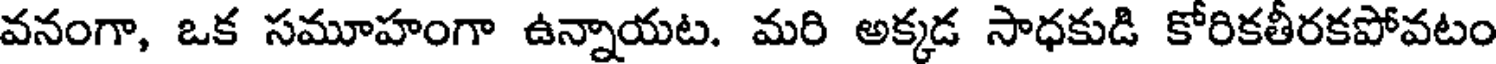
వనంగా, ఒక సమూహంగా ఉన్నాయట. మరి అక్కడ సాధకుడి కోరికతీరకపోవటం